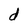
Character: d